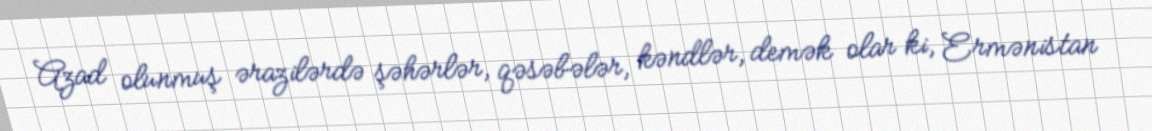
Azad olunmuş ərazilərdə şəhərlər, qəsəbələr, kəndlər, demək olar ki, Ermənistan